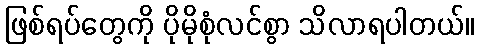
ဖြစ်ရပ်တွေကို ပိုမိုစုံလင်စွာ သိလာရပါတယ်။